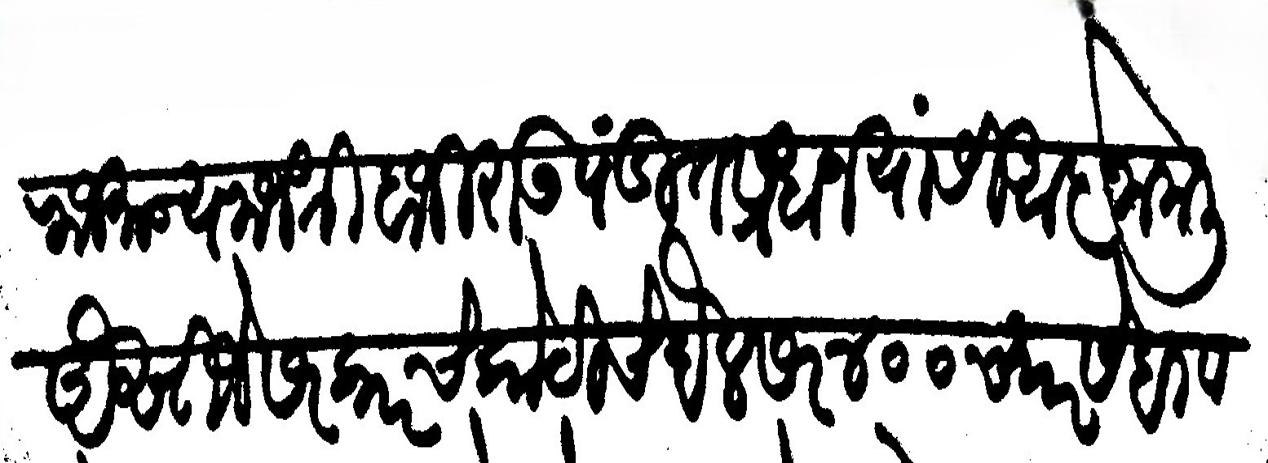
Transliteration (Devanagari): राजमान्य राजश्री बाजीराऊ पंडित प्रधान यांसी आज्ञा केली ऐसीजे सरकारचे कोठीचे बैल सर ४०० च्यारसे बावसेटी